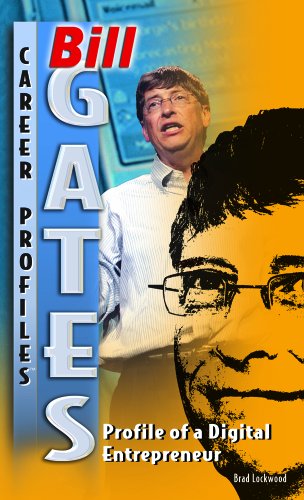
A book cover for Bill Gates: Profile of a Digital Entrepreneur (Career Profiles); Brad Lockwood; Children's Books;